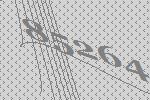
85264